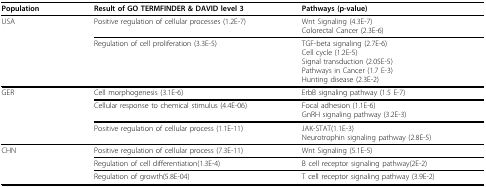
<table><thead><tr><td><b>Population</b></td><td><b>Result of GO TERMFINDER &amp; DAVID level 3</b></td><td><b>Pathways (p-value)</b></td></tr></thead><tbody><tr><td>USA</td><td>Positive regulation of cellular processes (1.2E-7)</td><td>Wnt Signaling (4.3E-7)Colorectal Cancer (2.3E-6)</td></tr><tr><td></td><td>Regulation of cell proliferation (3.3E-5)</td><td>TGF-beta signaling (2.7E-6)Cell cycle (1.2E-5)Signal transduction (2.05E-5)Pathways in Cancer (1.7 E-3)Hunting disease (2.3E-2)</td></tr><tr><td>GER</td><td>Cell morphogenesis (3.1E-6)</td><td>ErbB signaling pathway (1.5 E-7)</td></tr><tr><td></td><td>Cellular response to chemical stimulus (4.4E-06)</td><td>Focal adhesion (1.1E-6)GnRH signaling pathway (3.2E-3)</td></tr><tr><td></td><td>Positive regulation of cellular process (1.1E-11)</td><td>JAK-STAT(1.1E-3)Neurotrophin signaling pathway (2.8E-5)</td></tr><tr><td>CHN</td><td>Positive regulation of cellular process (7.3E-11)</td><td>Wnt Signaling (5.1E-5)</td></tr><tr><td></td><td>Regulation of cell differentiation(1.3E-4)</td><td>B cell receptor signaling pathway(2E-2)</td></tr><tr><td></td><td>Regulation of growth(5.8E-04)</td><td>T cell receptor signaling pathway (3.9E-2)</td></tr></tbody></table>